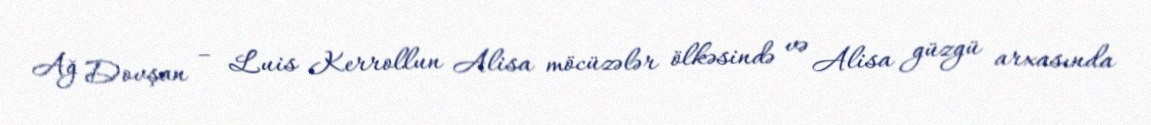
Ağ Dovşan – Luis Kerrollun Alisa möcüzələr ölkəsində və Alisa güzgü arxasında